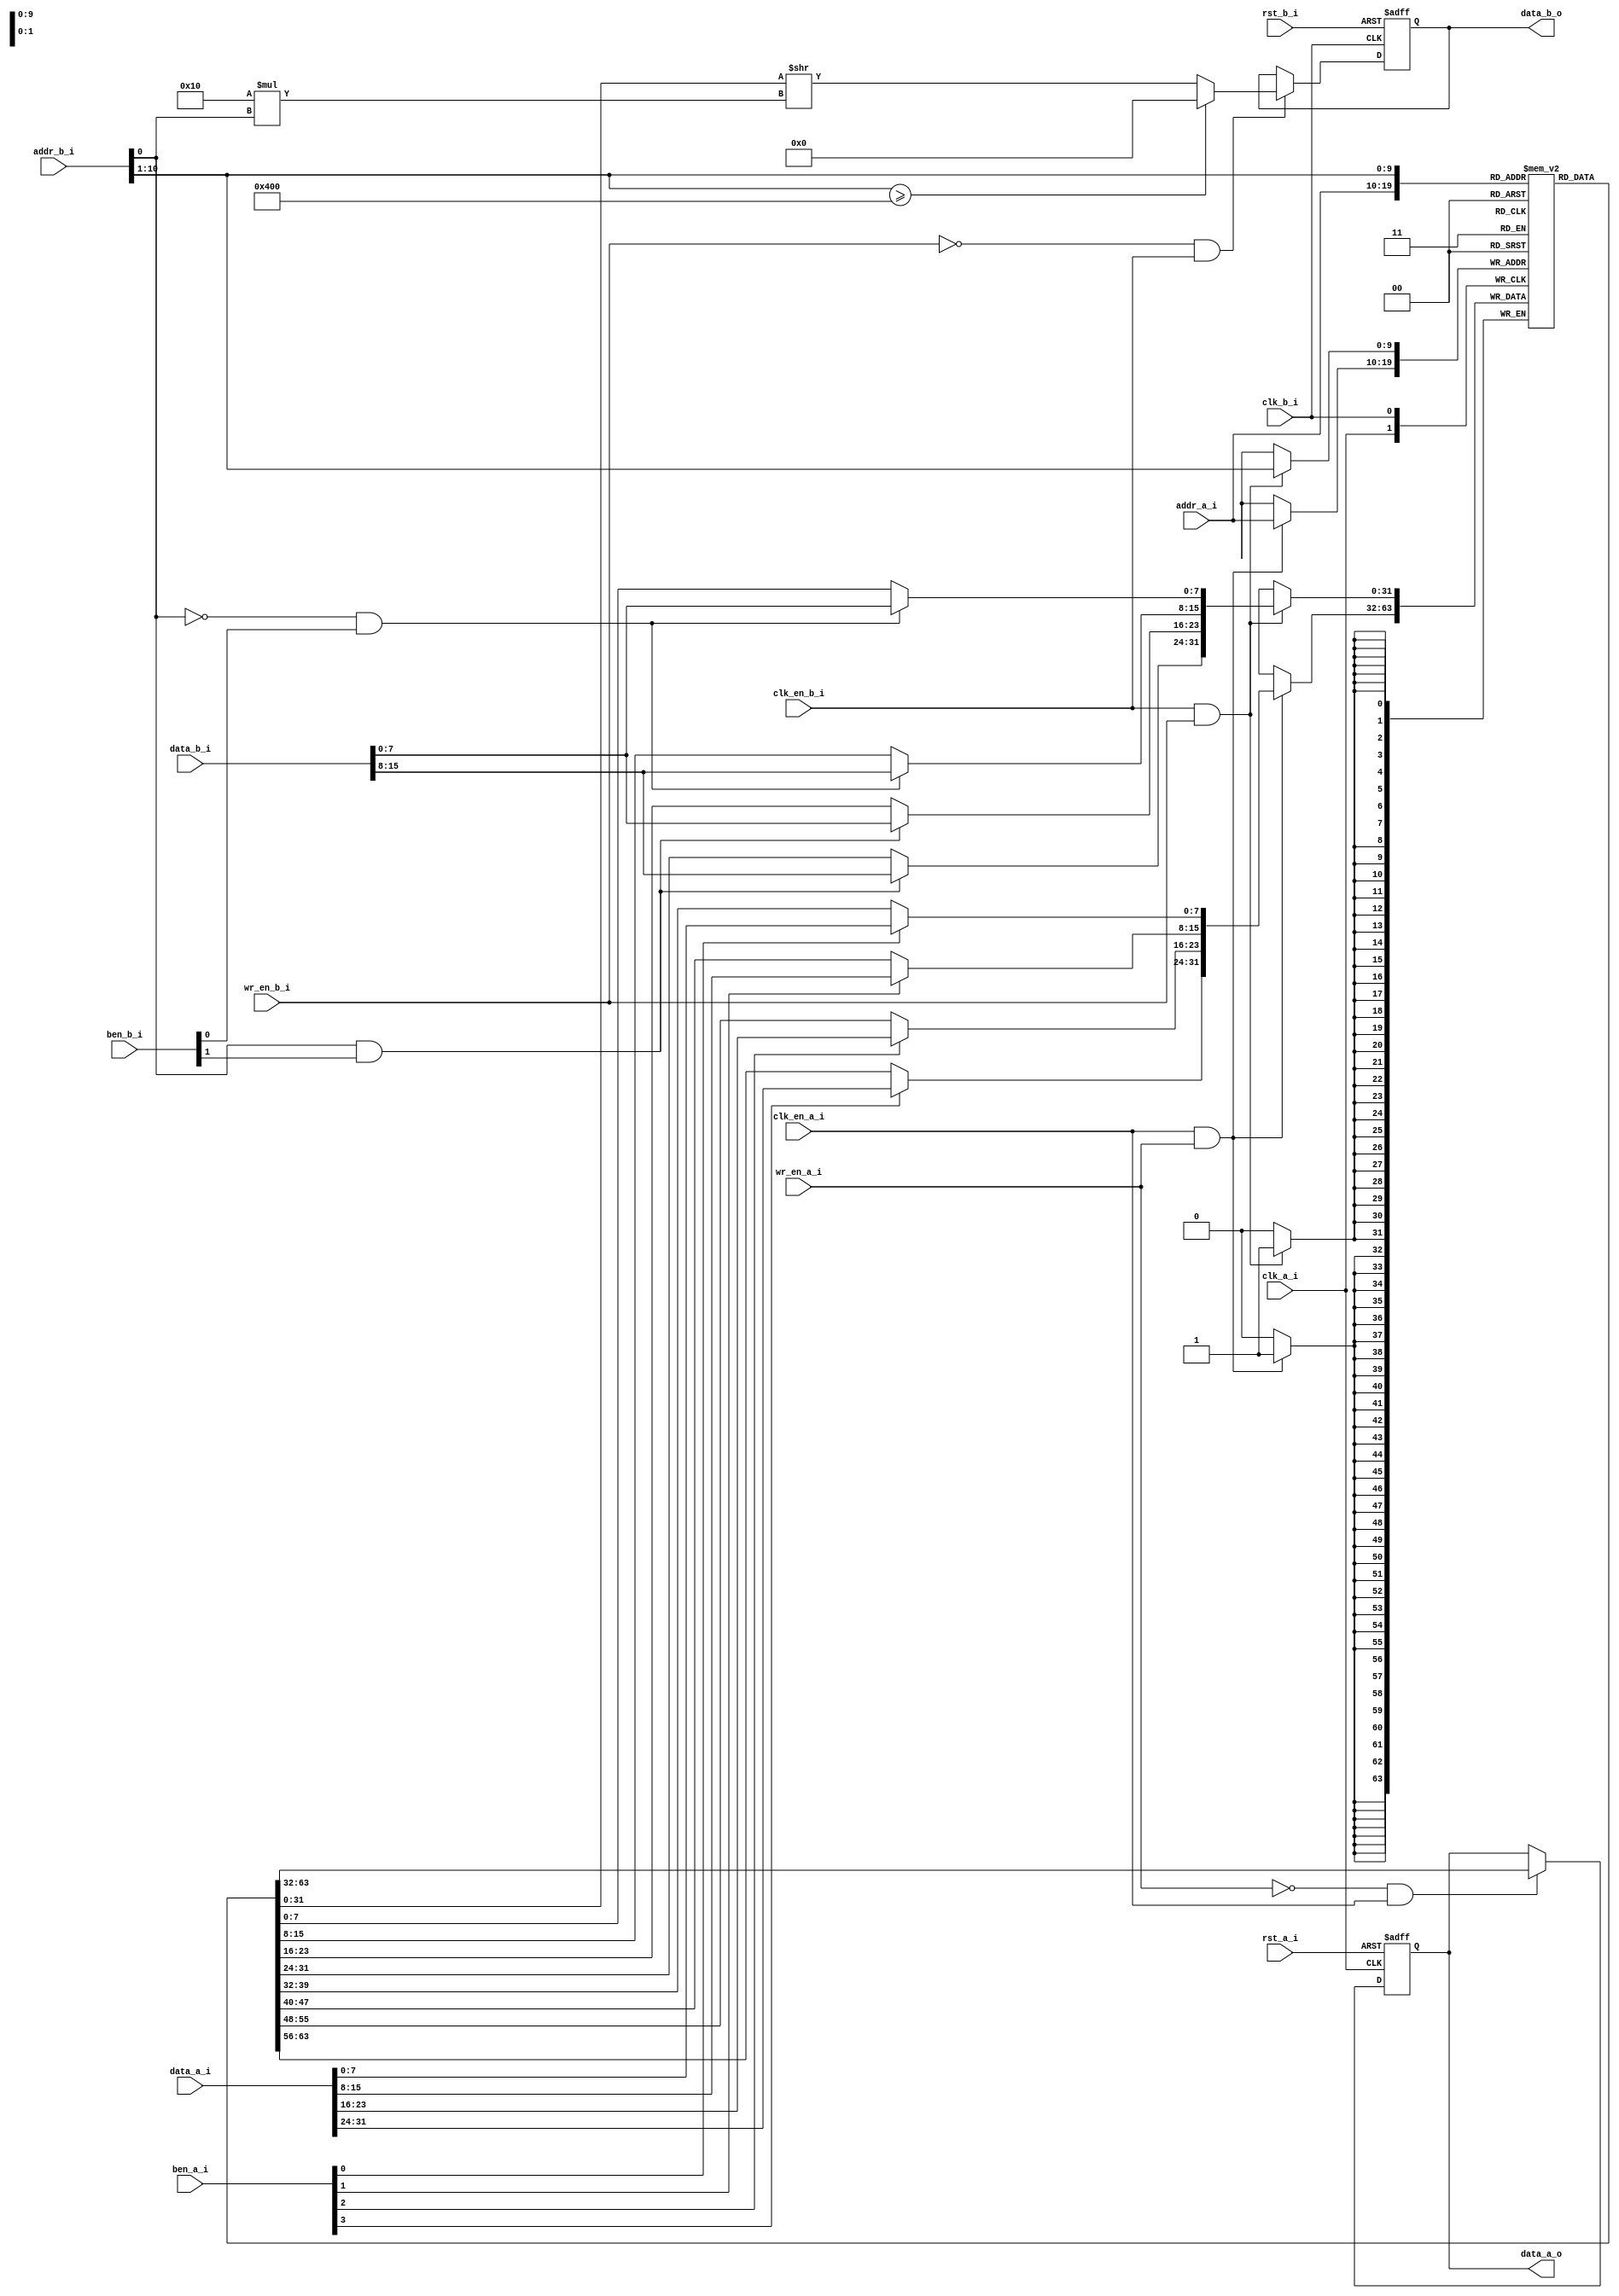
`ifndef MEM_MODEL
`define MEM_MODEL

module mem_model # (
    parameter FAMILY      = "common",
    parameter A_DEPTH     = 1024,
    parameter A_AWID      = clog2(A_DEPTH),
    parameter A_DWID      = 32,
    parameter B_DEPTH     = 2048,
    parameter B_AWID      = clog2(B_DEPTH),
    parameter B_DWID      = 16,
    parameter INIT_MODE   = "none",
    parameter INIT_FORMAT = "hex",
    parameter INIT_FILE   = "none",
    parameter BEN_WID     = 8,
    parameter A_BDWID     = roundUP(A_DWID, BEN_WID),
    parameter B_BDWID     = roundUP(B_DWID, BEN_WID),
    parameter BYTE_EN_A   = 1,
    parameter BYTE_EN_B   = 1,
    parameter BENA_POL    = 1,
    parameter BENB_POL    = 1,
    parameter REGMODE_A   = "noreg",
    parameter REGMODE_B   = "noreg",
    parameter RSTA_POL    = 1,
    parameter RSTB_POL    = 1
)(
    input                    clk_a_i,
    input                    clk_en_a_i,
    input                    rst_a_i,
    input                    wr_en_a_i,
    input      [A_AWID-1:0]  addr_a_i,
    input      [A_DWID-1:0]  data_a_i,
    input      [A_BDWID-1:0] ben_a_i,

    output reg [A_DWID-1:0]  data_a_o,

    input                    clk_b_i,
    input                    clk_en_b_i,
    input                    rst_b_i,
    input                    wr_en_b_i,
    input      [B_AWID-1:0]  addr_b_i,
    input      [B_DWID-1:0]  data_b_i,
    input      [B_BDWID-1:0] ben_b_i,

    output reg [B_DWID-1:0]  data_b_o
);

genvar g0, g1;
integer i0;

reg [A_DWID-1:0] mem [(2**A_AWID)-1:0];

wire rst_a_c;
wire rst_b_c;

assign rst_a_c = (RSTA_POL) ? rst_a_i : ~rst_a_i;
assign rst_b_c = (RSTB_POL) ? rst_b_i : ~rst_b_i;

initial begin
    if(INIT_MODE == "mem_file") begin
        if(INIT_FORMAT == "hex") begin
            $readmemh(INIT_FILE, mem, 0, A_DEPTH-1);
        end
        else begin
            $readmemb(INIT_FILE, mem, 0, A_DEPTH-1);
        end
        for(i0 = 0; i0 < (2**A_AWID); i0 = i0 + 1) begin
            if(mem[i0] == {A_DWID{1'bx}} && FAMILY != "common") begin
                mem[i0] = {A_DWID{1'b0}};
            end
        end
    end
    else if(FAMILY != "common") begin
        for(i0 = 0; i0 < (2**A_AWID); i0 = i0 + 1) begin
            mem[i0] = (INIT_MODE == "all_one") ? {A_DWID{1'b1}} : {A_DWID{1'b0}};
        end
    end
end

/*
 *    WRITING AT PORT A
 */
wire [A_DWID-1:0] data_a_nxt_c;
if(BYTE_EN_A == 0) begin : _BEN_A_DIS
    assign data_a_nxt_c = data_a_i;
end
else begin : _BEN_A_EN
    wire [A_DWID-1:0] data_a_p;
    assign data_a_p = mem[addr_a_i];

    for(g0 = 0; g0 < A_BDWID; g0 = g0 + 1) begin
        assign data_a_nxt_c[g0*BEN_WID +: BEN_WID] = (ben_a_i[g0] == BENA_POL) ? data_a_i[g0*BEN_WID +: BEN_WID] : 
                                                                                 data_a_p[g0*BEN_WID +: BEN_WID];
    end
end

always @ (posedge clk_a_i) begin
    if(clk_en_a_i & wr_en_a_i) begin
        mem[addr_a_i] <= data_a_nxt_c;
    end
end

/*
 *    READING AT PORT A
 */
if(REGMODE_A == "noreg") begin :_NREG_A
    always @ (posedge clk_a_i, posedge rst_a_c) begin
        if(rst_a_c) begin
            data_a_o <= {A_DWID{1'b0}};
        end
        else begin
            if(~wr_en_a_i & clk_en_a_i) begin
                data_a_o <= mem[addr_a_i];
            end
        end
    end
end
else begin : _REG_A
    reg [A_DWID-1:0] dbuf_a_r;
    always @ (posedge clk_a_i, posedge rst_a_c) begin
        if(rst_a_c) begin
            dbuf_a_r <= {A_DWID{1'b0}};
            data_a_o <= {A_DWID{1'b0}};
        end
        else begin
            if(clk_en_a_i) begin
                data_a_o <= dbuf_a_r;
                if(~wr_en_a_i) begin
                    dbuf_a_r <= mem[addr_a_i];
                end
            end
        end
    end
end

if(A_DWID == B_DWID) begin : A_EQ_B
    wire [B_DWID-1:0] data_b_nxt_c;
    /*
     *    WRITING AT PORT B
     */
    if(BYTE_EN_B == 0) begin : _BEN_B_DIS
        assign data_b_nxt_c = data_b_i;
    end
    else begin : _BEN_B_EN
        wire [B_DWID-1:0] data_b_p;
        for(g0 = 0; g0 < B_BDWID; g0 = g0 + 1) begin
            assign data_b_nxt_c[g0*BEN_WID +: BEN_WID] = (ben_b_i[g0] == BENB_POL) ? data_b_i[g0*BEN_WID +: BEN_WID] : 
                                                                                     data_b_p[g0*BEN_WID +: BEN_WID];
        end
    end

    always @ (posedge clk_b_i) begin
        if(clk_en_b_i & wr_en_b_i) begin
            mem[addr_b_i] <= data_b_nxt_c;
        end
    end
    /*
     *    READING AT PORT B
     */
    if(REGMODE_B == "noreg") begin : _NREG_B
        always @ (posedge clk_b_i, posedge rst_b_c) begin
            if(rst_b_c) begin
                data_b_o <= {B_DWID{1'b0}};
            end
            else begin
                if(~wr_en_b_i) begin
                    data_b_o <= mem[addr_b_i];
                end
            end
        end
    end
    else begin : _REG_B
        reg [B_DWID-1:0] dbuf_b_r;
        always @ (posedge clk_b_i, posedge rst_b_c) begin
            if(rst_b_c) begin
                dbuf_b_r <= {B_DWID{1'b0}};
                data_b_o <= {B_DWID{1'b0}};
            end
            else begin
                data_b_o <= dbuf_b_r;
                if(~wr_en_b_i) begin
                    dbuf_b_r <= mem[addr_b_i];
                end
            end
        end
    end
end
else if(A_DWID > B_DWID) begin : A_GR_B
    /*
     *    WRITING AT PORT B
     */
    wire [A_AWID-1:0]          addr_b_eq_c;
    wire [B_AWID-(A_AWID+1):0] addr_b_exc_c;
    wire [A_DWID-1:0]          data_b_p_c;
    wire [A_DWID-1:0]          data_b_nxt_c;

    assign addr_b_eq_c  = addr_b_i[B_AWID-1:B_AWID-A_AWID];
    assign addr_b_exc_c = addr_b_i[B_AWID-(A_AWID+1):0];
    assign data_b_p_c   = mem[addr_b_eq_c];

    if(BYTE_EN_B == 0) begin : _BEN_B_DIS
        for(g0 = 0; g0 < 2**(B_AWID-A_AWID); g0 = g0 + 1) begin
            assign data_b_nxt_c [B_DWID*g0 +: B_DWID] = (addr_b_exc_c == g0) ? data_b_i : data_b_p_c[B_DWID*g0 +: B_DWID];
        end
    end
    else begin : _BEN_B_EN
        for(g0 = 0; g0 < 2**(B_AWID-A_AWID); g0 = g0 + 1) begin
            for(g1 = 0; g1 < B_BDWID; g1 = g1 + 1) begin
                assign data_b_nxt_c [(B_DWID*g0 + BEN_WID*g1) +: BEN_WID] = (addr_b_exc_c == g0 && ben_b_i[g0] == BENB_POL) ? data_b_i[g1*BEN_WID +: BEN_WID] : 
                                                                                                                              data_b_p_c[(B_DWID*g0 + BEN_WID*g1) +: BEN_WID];
            end
        end
    end

    always @ (posedge clk_b_i) begin
        if(clk_en_b_i & wr_en_b_i) begin
            mem[addr_b_eq_c] <= data_b_nxt_c;
        end
    end

    /*
     *    READING AT PORT B
     */
    wire [B_DWID-1:0] data_b_o_nxt_c;
    assign data_b_o_nxt_c = (addr_b_eq_c >= A_DEPTH) ? {B_DWID{(INIT_MODE == "all_one") ? 1'b1 : 1'b0}} : (data_b_p_c >> (B_DWID * addr_b_exc_c));

    if(REGMODE_B == "noreg") begin : _NREG_B
        always @ (posedge clk_b_i, posedge rst_b_c) begin
            if(rst_b_c) begin
                data_b_o <= {B_DWID{1'b0}};
            end
            else begin
                if(~wr_en_b_i & clk_en_b_i) begin
                    data_b_o <= data_b_o_nxt_c;
                end
            end
        end
    end
    else begin : _REG_B
        reg [B_DWID-1:0] dbuf_b_r;
        always @ (posedge clk_b_i, posedge rst_b_c) begin
            if(rst_b_c) begin
                dbuf_b_r <= {B_DWID{1'b0}};
                data_b_o <= {B_DWID{1'b0}};
            end
            else begin
                data_b_o <= dbuf_b_r;
                if(~wr_en_b_i) begin
                    dbuf_b_r <= data_b_o_nxt_c;
                end
            end
        end
    end

end
else begin : B_GR_A
    /*
     *    WRITING AT PORT B
     */
    wire [A_AWID-1:0] addr_b_eq_c;
    assign            addr_b_eq_c = {addr_b_i, {(A_AWID-B_AWID){1'b0}}};

    if(BYTE_EN_B == 0) begin : _BEN_B_DIS
        for(g0 = 0; g0 < B_DWID/A_DWID; g0 = g0 + 1) begin
            always @ (posedge clk_b_i) begin
                if(clk_en_b_i & wr_en_b_i) begin
                    mem[addr_b_eq_c + g0] <= data_b_i[g0*A_DWID +: A_DWID];
                end
            end
        end
    end
    else begin : _BEN_B_EN
        wire [B_DWID-1:0] data_b_nxt_c;
        wire [B_DWID-1:0] data_b_p_c;
        for(g0 = 0; g0 < B_BDWID; g0 = g0 + 1) begin
            assign data_b_nxt_c = (ben_b_i[g0] == BENB_POL) ? data_b_i[g0 * BEN_WID +: BEN_WID] : data_b_p_c [g0 * BEN_WID +: BEN_WID];
        end
        for(g0 = 0; g0 < B_DWID/A_DWID; g0 = g0 + 1) begin
            assign data_b_p_c[g0*A_DWID +: A_DWID] = mem[addr_b_eq_c + g0];
            always @ (posedge clk_b_i) begin
                if(clk_en_b_i & wr_en_b_i) begin
                    mem[addr_b_eq_c + g0] <= data_b_nxt_c[g0*A_DWID +: A_DWID];
                end
            end
        end
    end
    /*
     *    READING AT PORT B
     */
    wire [B_DWID-1:0] data_b_o_nxt_c;
    for(g0 = 0; g0 < B_DWID/A_DWID; g0 = g0 + 1) begin
        assign data_b_o_nxt_c [g0*A_DWID +: A_DWID] = mem[addr_b_eq_c + g0];
    end

    if(REGMODE_B == "noreg") begin : _NREG_B
        always @ (posedge clk_b_i, posedge rst_b_c) begin
            if(rst_b_c) begin
                data_b_o <= {B_DWID{1'b0}};
            end
            else begin
                if(~wr_en_b_i & clk_en_b_i) begin
                    data_b_o <= data_b_o_nxt_c;
                end
            end
        end
    end
    else begin : _REG_B
        reg [B_DWID-1:0] dbuf_b_r;
        always @ (posedge clk_b_i, posedge rst_b_c) begin
            if(rst_b_c) begin
                dbuf_b_r <= {B_DWID{1'b0}};
                data_b_o <= {B_DWID{1'b0}};
            end
            else begin
                data_b_o <= dbuf_b_r;
                if(~wr_en_b_i) begin
                    dbuf_b_r <= data_b_o_nxt_c;
                end
            end
        end
    end
end

function [31:0] roundUP;
    input [31:0] dividend;
    input [31:0] divisor;
    begin
        if(divisor == 1) begin
            roundUP = dividend;
        end
        else if(divisor == dividend) begin
            roundUP = 1;
        end
        else begin
            roundUP = dividend/divisor + (((dividend % divisor) == 0) ? 0 : 1);
        end
    end
endfunction

function [31:0] clog2;
    input [31:0] value;
    reg   [31:0] num;
    begin
        num = value - 1;
        for (clog2=0; num>0; clog2=clog2+1) num = num>>1;
    end
endfunction

endmodule
`endif